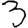
Digit: 3